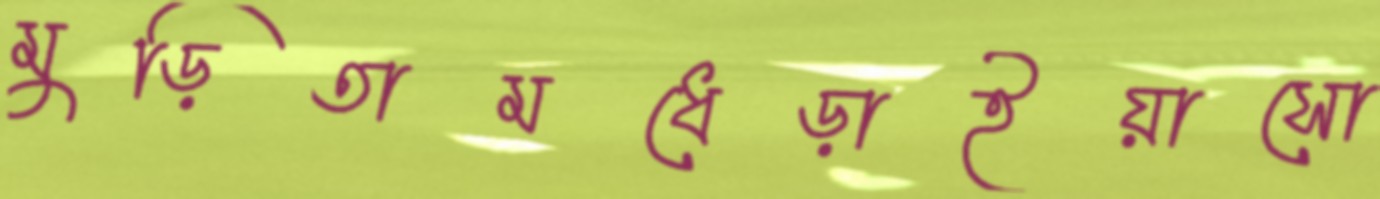
মুড়িতামধেড়াইয়াসো